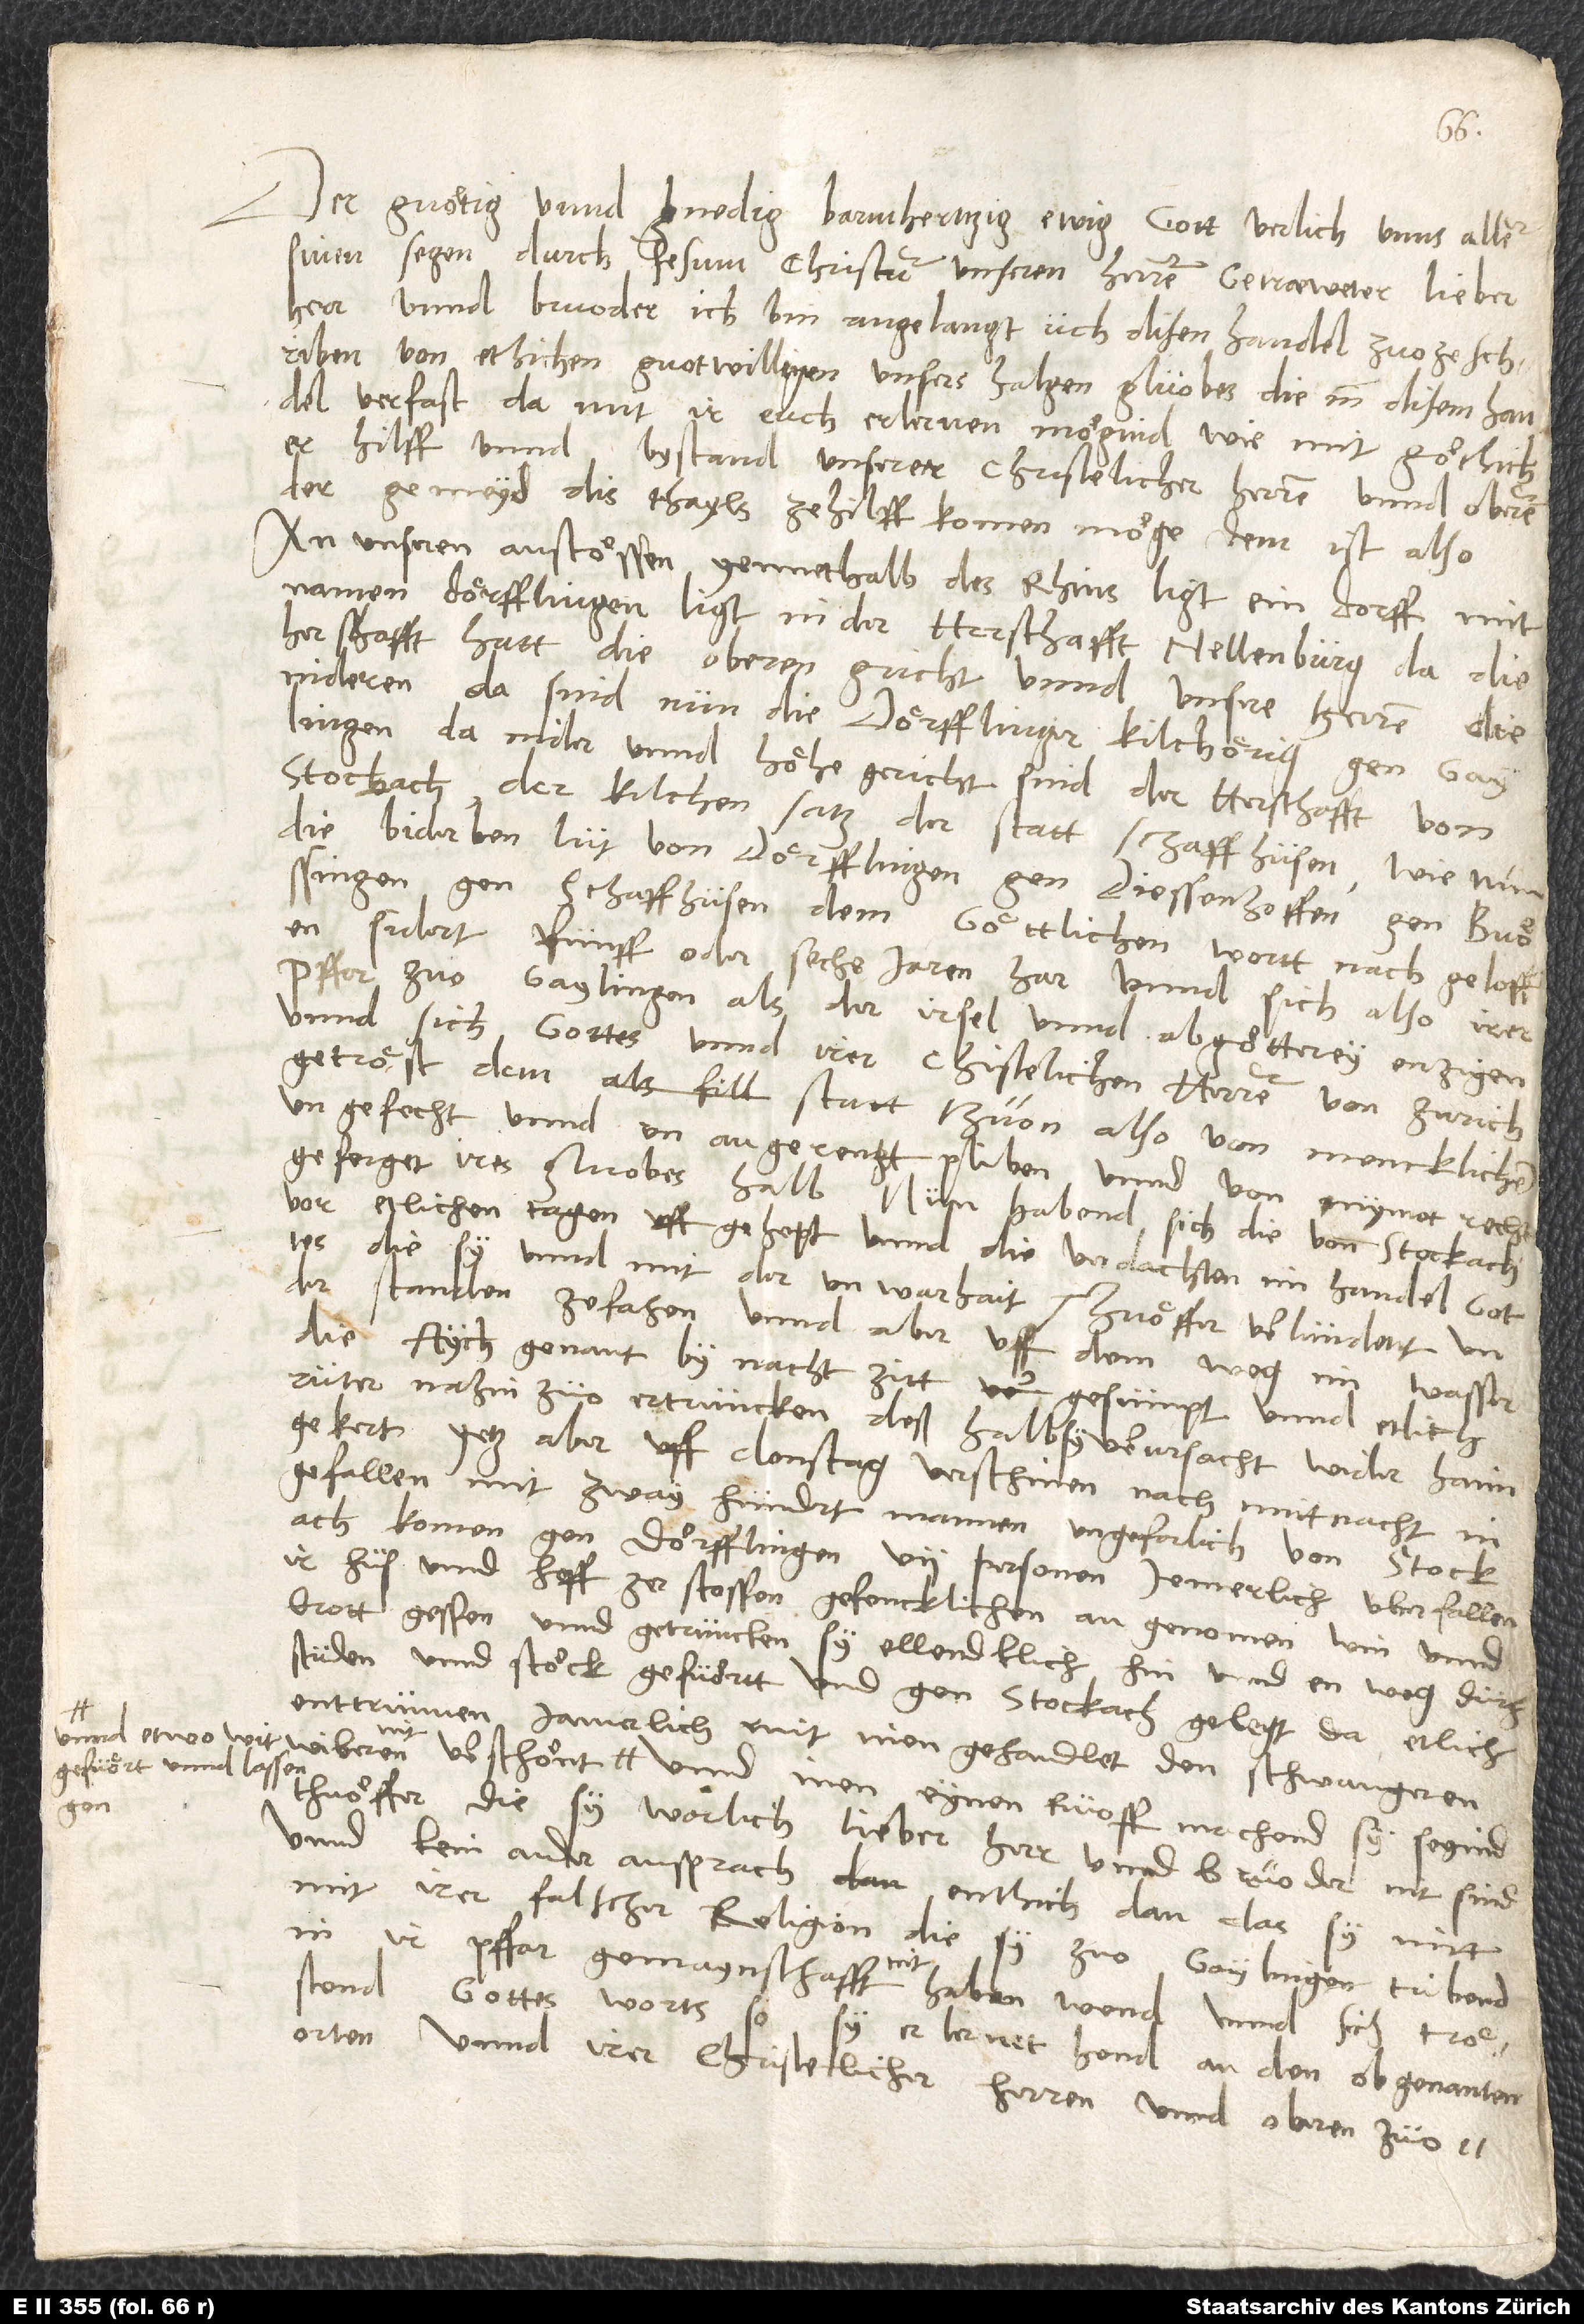
Der guötig unnd gnedig, barmhertzig, ewig gott verlich unns allen
sinen segen durch Jesum Christum, unseren herren. Geträwter, lieber
herr unnd bruoder, ich bin angelangt, üch disen handel zuozeschriben
von etlichen guotwilligen unsers halgen gluobes, die in disem handel
verfast, damit ir euch erlernen mögind, wie mit götlicher
hilff unnd bystand unserer christelicher herren und oberen
der gemeyd dis thayls zehilff komen möge. Dem ist also:
An unseren anstössen yennethalb des Rhins ligt ein dorff mit
namen Dörfflingen, ligt in der herschaft Neuenburg, da die
herschafft hatt die oberen gricht unnd unsere herren die
nideren. Da sind nun die Dörfflinger kilchörig gen Gaylingen,
da nider und höhe gericht sind der herschafft von
Stockach, der kilchensatz der statt Schaffhusen. Wie nun
die biderben lüt von Dörfflingen gen Diessenhoffen, gen Buössingen,
Schaffhusen dem göttlichen wortt nachgeloffen
sidert fünff oder sechs jaren har unnd sich also irer
pffar zuo Gaylingen, als der irsel unnd abgötterey, enzigen
unnd sich gottes unnd irer christelichen herren von Zurich
getröst, dem statt thuon, also von mencklichem
ungefecht unnd unangerenzt pliben unnd von nymot rechtgeferget
ires gluobes halb. Nun habend sich die von Stockach
vor etlichen tagen uffgehept unnd die verdachten im handel gottes,
die sy unnd mit der unwarhait thuöffer verlündent,
understanden ze fahen, unnd aber uff dem weg im wasser,
die Aych genant, by nachtzitt gesumpt unnd etlich
rüter nahinzuo ertruncken; deßhalb sy verursacht, wider haim
gekert. Yetz aber uff donstag verschinen, nach mittnacht,
ingefallen mit zwayhundert mannen ungefarlich, von Stockach
komen gen Dörfflingen, 7 personen jemerlich überfallen,
ir hus unnd hoff zerstossen, gefencklichen angenomen, win unnd
brott gessen unnd getruncken, sy ellendklich hin unnd enweg durch
studen und stöck gefuöret und gen Stockach gelegt, da etlich
enttrunnen, jamerlich mit inen gehandlet, den schwangeren
gefuört unnd lassen
gon
thuöffer. Die sy worlich, lieber herr unnd bruoder, nit sind,
unnd kein ander ansprach entlich, dan das sy nitt
mit irer falscher religion, die sy zuo Gaylingen tribend
in ir pffar, gemaynschafft nit haben wend unnd sich tröstend
gottes worts, so sy erlernet hond an den obgenannten
orten, unnd irer christelicher herren unnd oberen zuoZürich,